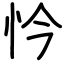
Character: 忴